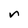
Character: n